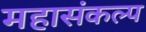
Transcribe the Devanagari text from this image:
महासंकल्प